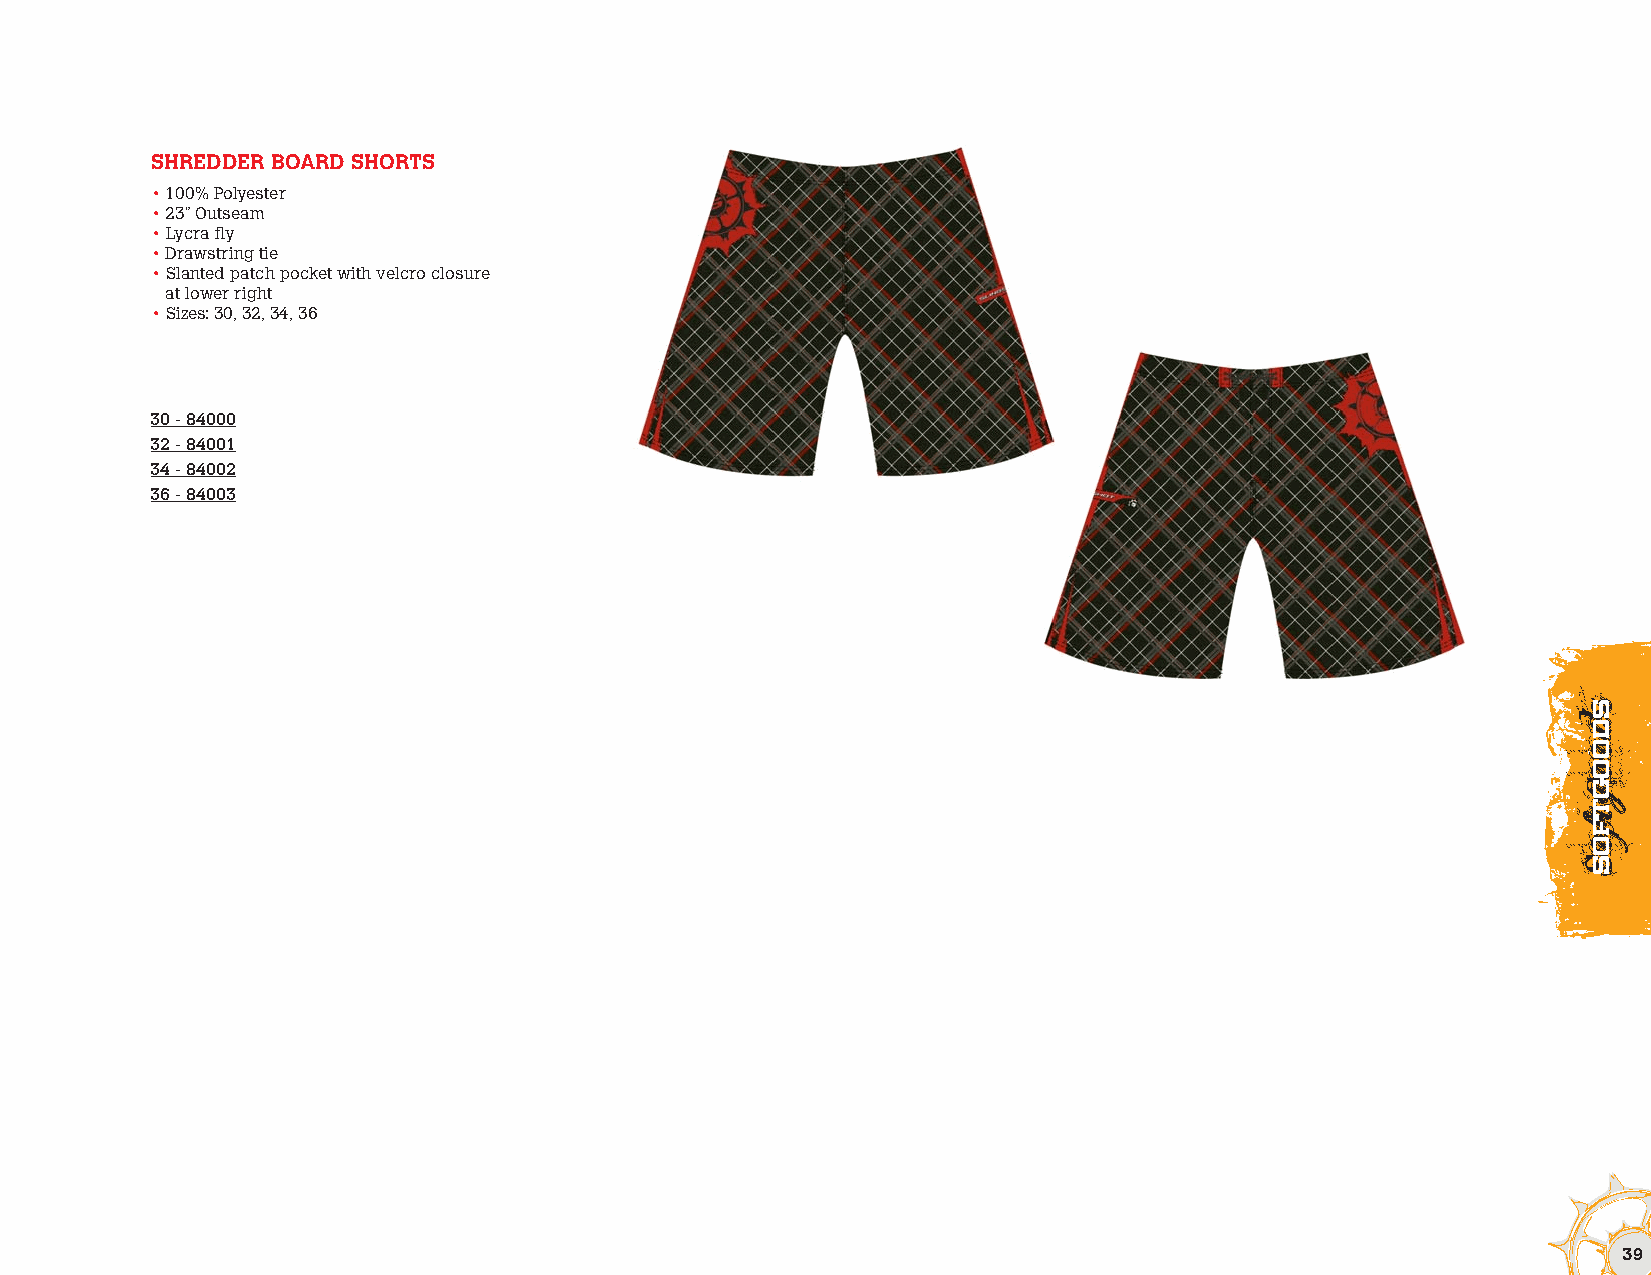
SHREDDER BOARD SHORTS
 • 100% Polyester
 • 23” Outseam
 • Lycra fly
 • Drawstring tie
 • Slanted patch pocket with velcro closure
 at lower right
 • Sizes: 30, 32, 34, 36
 30 - 84000
 32 - 84001
 34 - 84002
 36 - 84003
 39
 ssddooooggttffooSs